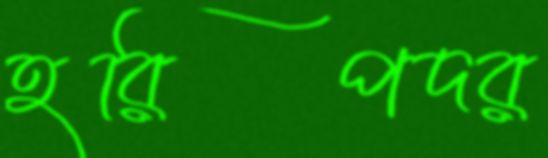
হরিপদর